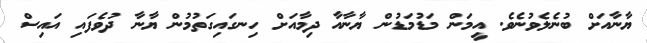
ޔާނާއަށް ބުނެލެވުނެވެ. އީމަން މަޑުމަޑުން ޔާނާއާ ދިމާއަށް ހިނގައިގަތުމުން ޔާނާ ދުވެފައި އައިސް